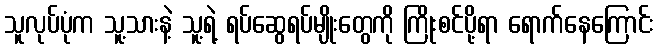
သူလုပ်ပုံက သူ့သားနဲ့ သူ့ရဲ့ ရပ်ဆွေရပ်မျိုးတွေကို ကြိုးစင်ပို့ရာ ရောက်နေကြောင်း